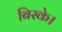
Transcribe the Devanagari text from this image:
बिस्के।